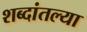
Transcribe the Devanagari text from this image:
शब्दांतल्या